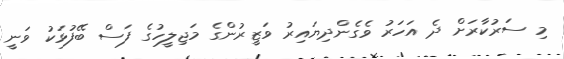
މި ސަރުކާރަށް ދެ އަހަރު ވެގެންދިޔައިރު ވަޒީރުންގެ މަޖިލީހުގެ ފަސް ބޭފުޅަކު ވަނީ